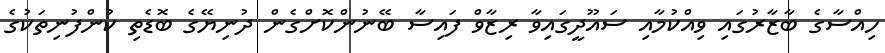
ހިއްސާގެ ބާޒާރުގައި ވިއްކުމާއި ސައޫދީގައިވާ ރިޒާވް ފައިސާ ބޭނުންކޮށްގެން ދުނިޔޭގެ ބޮޑެތި ކުންފުނިތަކުގެ